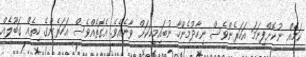
ކަމެއް ނުކޮށްފިނަމަ އަހަރެންވެސް ނިހާދުމެންހާ ނުބައިމީހަކަށް ވާނެއެވެ. އެގޮތެއްވެސް އަހަރެންގެ ހިތެއް ގަބޫލެއް